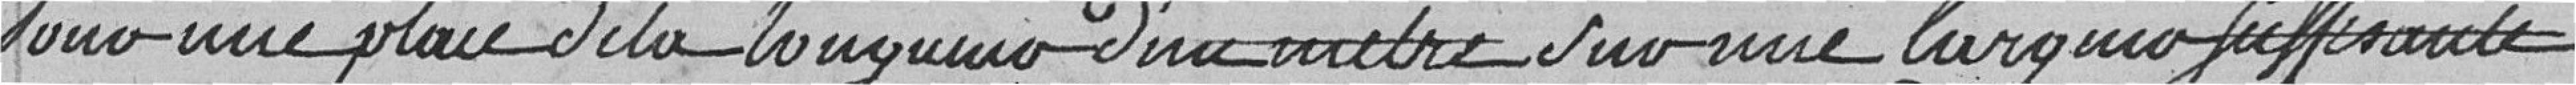
Sous une place de la longueur d'un mètre sur une largeur suffisante